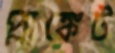
প্লাঙ্কেট